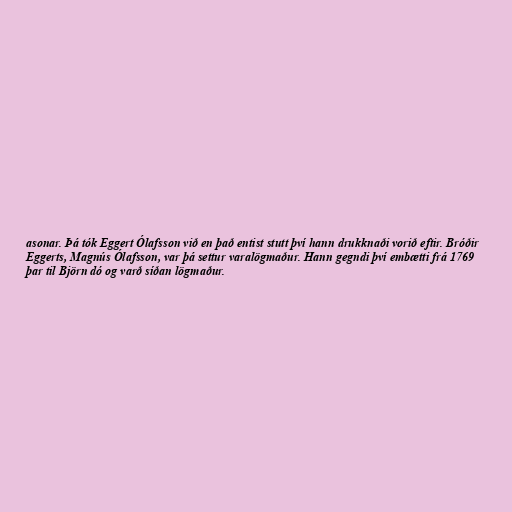
asonar. Þá tók Eggert Ólafsson við en það entist stutt því hann drukknaði vorið eftir. Bróðir
Eggerts, Magnús Ólafsson, var þá settur varalögmaður. Hann gegndi því embætti frá 1769
þar til Björn dó og varð síðan lögmaður.